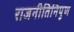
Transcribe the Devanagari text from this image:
राजनीतिनिपुण